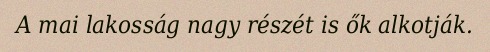
A mai lakosság nagy részét is ők alkotják.